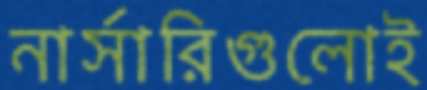
নার্সারিগুলোই